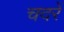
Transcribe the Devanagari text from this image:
चदरें